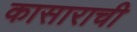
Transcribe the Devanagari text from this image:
कासाराची